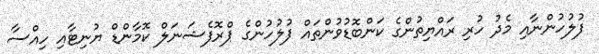
ފުލުހުންނާއި މެދު ހުރި ރައްޔިތުންގެ ކަންބޮޑުވުންތައް ފުލުހުންގެ ޕްރޮފެޝަނަލް ކޮމާންޑް ޔުނިޓާއި ހިއްސާ